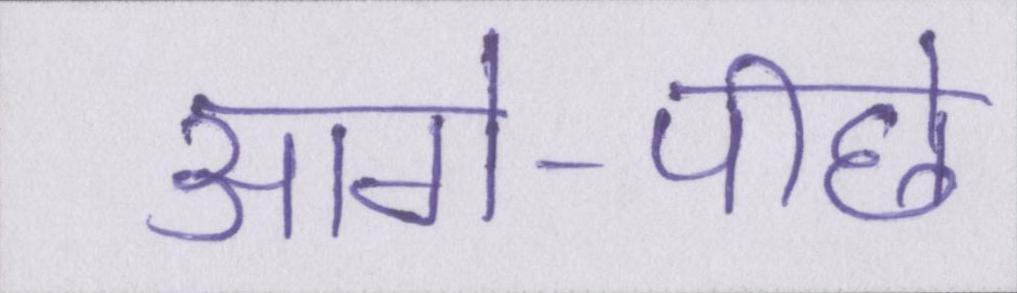
आगे-पीछे